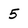
Character: 5